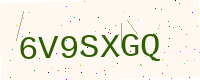
Text: 6V9SXGQ